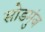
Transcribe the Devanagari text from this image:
सोडमुंज